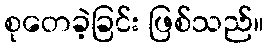
စုတေခဲ့ခြင်း ဖြစ်သည်။